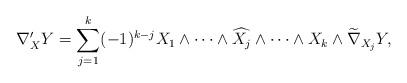
LaTeX: \begin{align*}\nabla'_X Y=\sum_{j=1}^k (-1)^{k-j} X_1\wedge \cdots \wedge\widehat{X_j}\wedge \cdots \wedge X_k\wedge \widetilde{\nabla}_{X_j} Y,\end{align*}